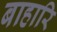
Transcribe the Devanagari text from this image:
बाहारि